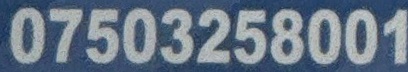
07503258001